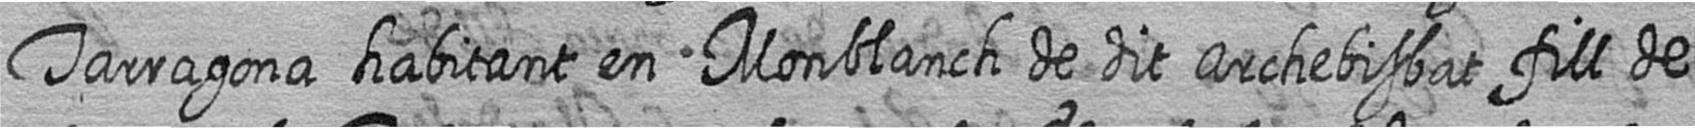
Tarragona habitant en Monblanch de dit archebisbat fill de